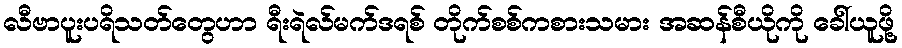
လီဗာပူးပရိသတ်တွေဟာ ရီးရဲလ်မက်ဒရစ် တိုက်စစ်ကစားသမား အဆန်စီယိုကို ခေါ်ယူဖို့